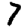
Digit: 7